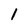
Character: l